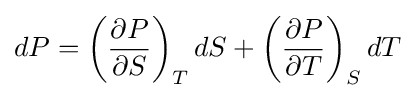
dP=\left({\frac {\partial P}{\partial S}}\right)_{T}dS+\left({\frac {\partial P}{\partial T}}\right)_{S}dT